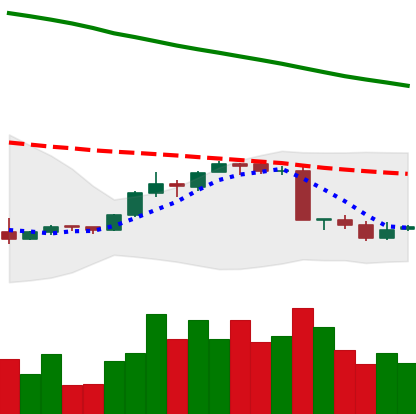
Ticker: EOS-USD
Chart end date: 2018-09-10
Forward return: 7.255%
Label: up_7plus